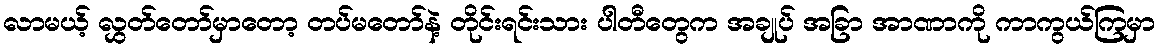
လာမယ့် လွှတ်တော်မှာတော့ တပ်မတော်နဲ့ တိုင်းရင်းသား ပါတီတွေက အချုပ် အခြာ အာဏာကို ကာကွယ်ကြမှာ